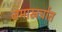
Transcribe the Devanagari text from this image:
जमाखर्चात